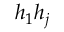
h _ { 1 } h _ { j }